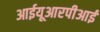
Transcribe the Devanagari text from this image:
आईयूआरपीआई